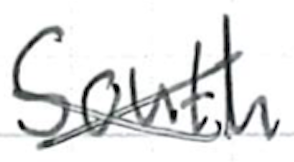
Text: South
Cross-out: cross
Writing tool: ballpoint